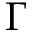
\Gamma